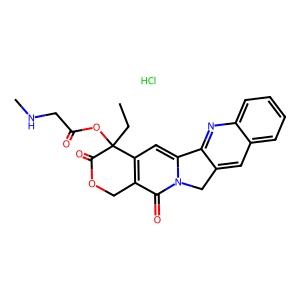
SMILES: CCC1(OC(=O)CNC)C(=O)OCc2c1cc1n(c2=O)Cc2cc3ccccc3nc2-1.Cl
Inhibits HIV replication: No